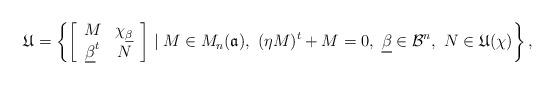
LaTeX: \begin{align*}\mathfrak{U}=\left\{ \left[\begin{array}{cc}M & \chi_{\underline{\beta}}\\\underline{\beta}^{t} & N\end{array}\right]\mid M\in M_{n}(\mathfrak{a}),\ (\eta M)^{t}+M=0,\ \underline{\beta}\in\mathcal{B}^{n},\ N\in\mathfrak{U}(\chi)\right\} ,\end{align*}